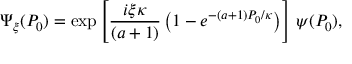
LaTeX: \Psi _ { \xi } ( P _ { 0 } ) = \exp \left[ \frac { i \xi \kappa } { ( a + 1 ) } \left( 1 - e ^ { - ( a + 1 ) P _ { 0 } / \kappa } \right) \right] \, \psi ( P _ { 0 } ) ,